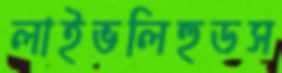
লাইভলিহুডস